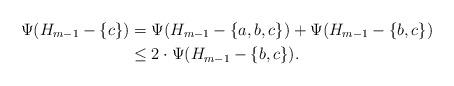
LaTeX: \begin{align*}\Psi (H_{m-1} - \{c\}) &= \Psi (H_{m-1} - \{a,b,c\}) + \Psi (H_{m-1} - \{b,c\}) \\&\le 2 \cdot \Psi (H_{m-1} - \{b,c\}).\end{align*}